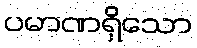
ပမာဏရှိသော